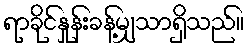
ရာခိုင်နှုန်းခန့်မျှသာရှိသည်။